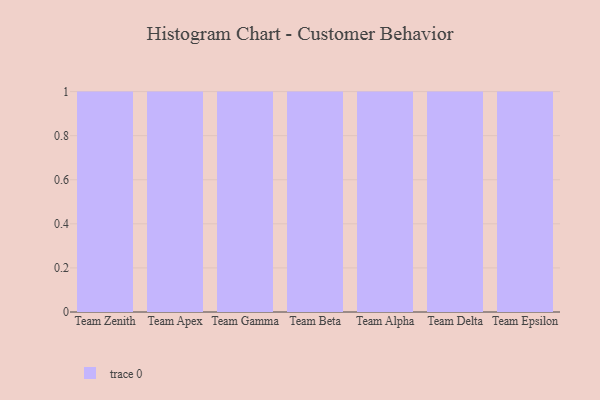
{"axis": {"x": "Team", "y": "Gross Profit (USD K)"}, "legend": [""], "data": [{"x": "Team Zenith", "y": 49, "type": ""}, {"x": "Team Apex", "y": 55, "type": ""}, {"x": "Team Gamma", "y": 88, "type": ""}, {"x": "Team Beta", "y": 34, "type": ""}, {"x": "Team Alpha", "y": 13, "type": ""}, {"x": "Team Delta", "y": 88, "type": ""}, {"x": "Team Epsilon", "y": 39, "type": ""}]}